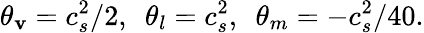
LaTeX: {\theta_{\mathbf{v}}}=c_{s}^{2}/2,~~{\theta_{l}}=c_{s}^{2},~~{\theta_{m}}=-c_{s}^{2}/40.